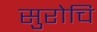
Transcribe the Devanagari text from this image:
सुरोचि